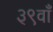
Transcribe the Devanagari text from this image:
३९वाँ